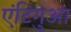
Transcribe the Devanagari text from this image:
एंटिगुआ